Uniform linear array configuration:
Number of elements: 12
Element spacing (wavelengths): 0.25
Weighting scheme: kaiser
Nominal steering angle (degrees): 30
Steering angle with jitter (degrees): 31.941
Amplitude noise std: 0.05
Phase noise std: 0.05

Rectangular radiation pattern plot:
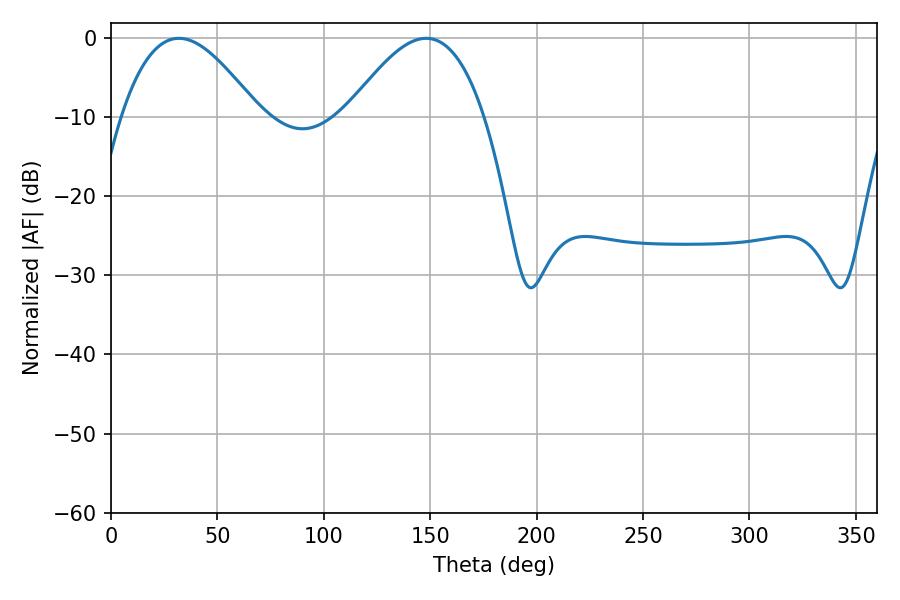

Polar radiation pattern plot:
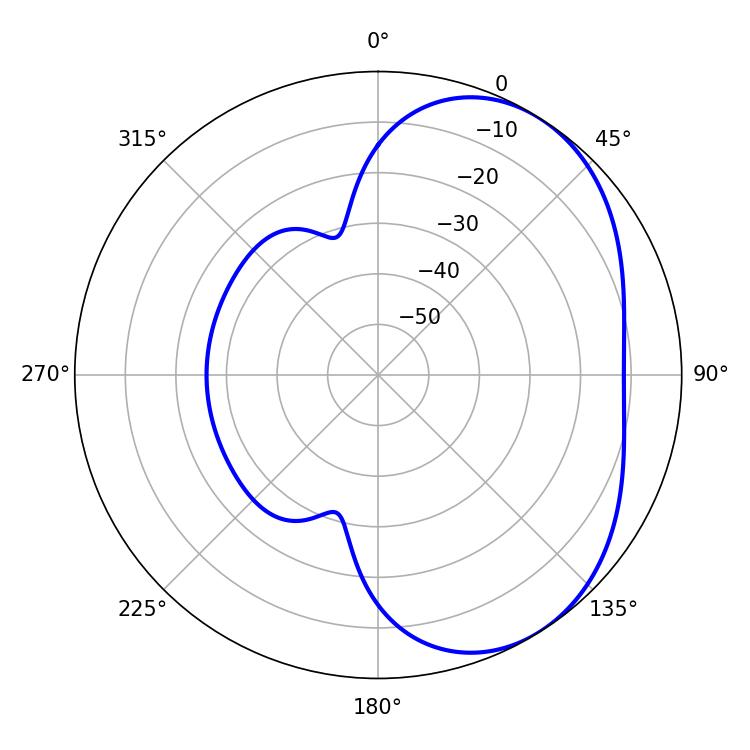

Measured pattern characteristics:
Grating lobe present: FALSE
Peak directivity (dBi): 4.102
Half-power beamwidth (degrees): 34.92
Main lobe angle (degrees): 31.86